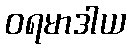
ဝရမာဒါယ